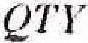
QTY